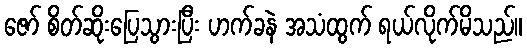
ဇော် စိတ်ဆိုးပြေသွားပြီး ဟက်ခနဲ အသံထွက် ရယ်လိုက်မိသည်။